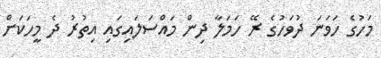
މަހުގެ ހަވަނަ ދުވަހުގެ ރޭ ހަމަލާ ދިން މައްސަލައިގައި އިތުރު ދެ މީހަކަށް